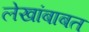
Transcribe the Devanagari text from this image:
लेखांबाबत